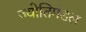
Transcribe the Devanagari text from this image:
ज्योतिमंडल